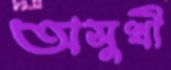
অসুখী